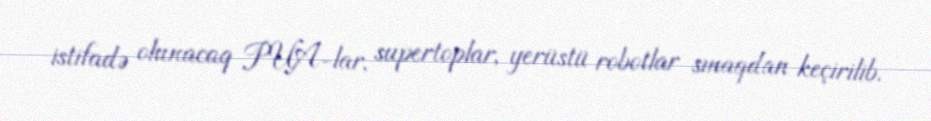
istifadə olunacaq PUA-lar, supertoplar, yerüstü robotlar sınaqdan keçirilib.